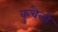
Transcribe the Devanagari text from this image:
कुचैली